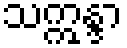
သဣန္ဒာ